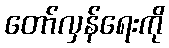
တော်လှန်ရေးကို